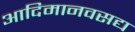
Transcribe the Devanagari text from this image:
आदिमानवसद्य